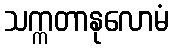
သက္ကတာနုလောမံ